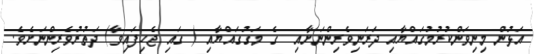
އަޅުން މިނިވަންކުރުމުގައްޔާއި ދަރަނިވެރިންނަށާއި  ގެ މަގުގައްޔާއި ( ގައި ޖެހިފައިވާ) ދަތުރުވެރިންނަށެވެ.